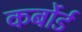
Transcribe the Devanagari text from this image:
कर्बोर्ड